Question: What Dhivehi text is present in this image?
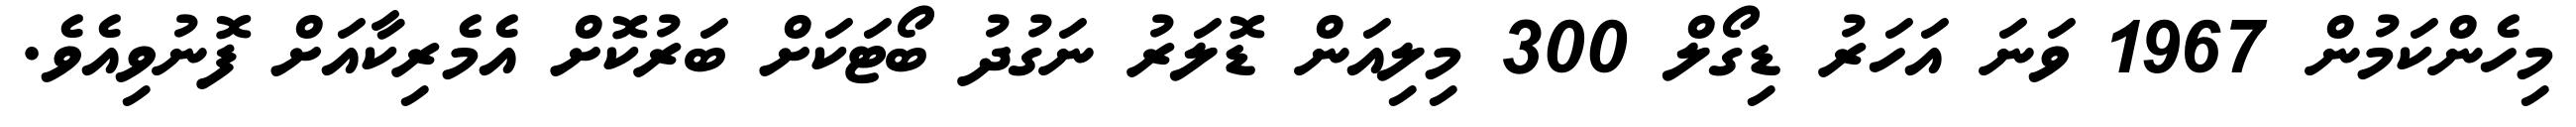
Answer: މިހެންކަމުން 1967 ވަނަ އަހަރު ޑިގޯލް 300 މިލިއަން ޑޮލަރު ނަގުދު ބޯޓަކަށް ބަރުކޮށް އެމެރިކާއަށް ފޮނުވިއެވެ.